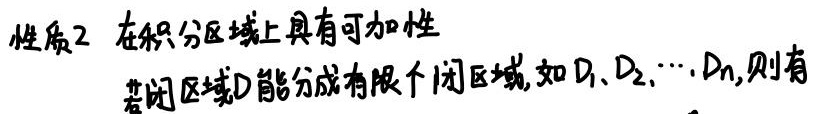
性质2 在积分区域上具有可加性

若闭区域$D$能分成有限个闭区域, 如$D_1,D_2,\cdots,D_n$, 则有